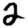
Digit: 2